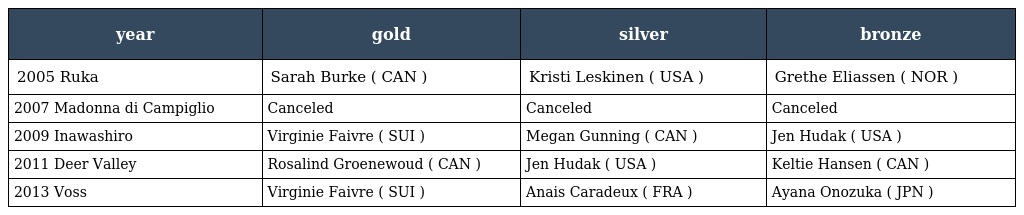
| year | gold | silver | bronze |
 | --- | --- | --- | --- |
 | 2005 Ruka | Sarah Burke ( CAN ) | Kristi Leskinen ( USA ) | Grethe Eliassen ( NOR ) |
 | 2007 Madonna di Campiglio | Canceled | Canceled | Canceled |
 | 2009 Inawashiro | Virginie Faivre ( SUI ) | Megan Gunning ( CAN ) | Jen Hudak ( USA ) |
 | 2011 Deer Valley | Rosalind Groenewoud ( CAN ) | Jen Hudak ( USA ) | Keltie Hansen ( CAN ) |
 | 2013 Voss | Virginie Faivre ( SUI ) | Anais Caradeux ( FRA ) | Ayana Onozuka ( JPN ) |